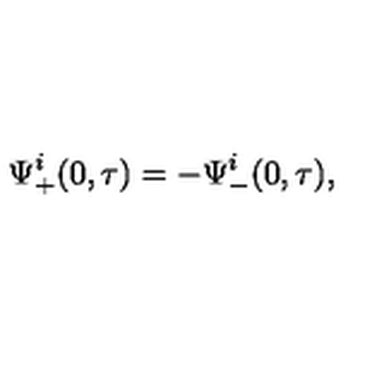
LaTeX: \Psi _ { + } ^ { i } ( 0 , \tau ) = - \Psi _ { - } ^ { i } ( 0 , \tau ) ,